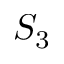
S _ { 3 }